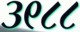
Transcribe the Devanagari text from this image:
३९८८